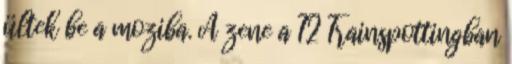
ültek be a moziba. A zene a T2 Trainspottingban